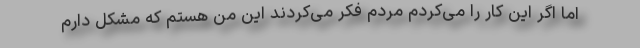
اما اگر این کار را می‌کردم مردم فکر می‌کردند این من هستم که مشکل دارم